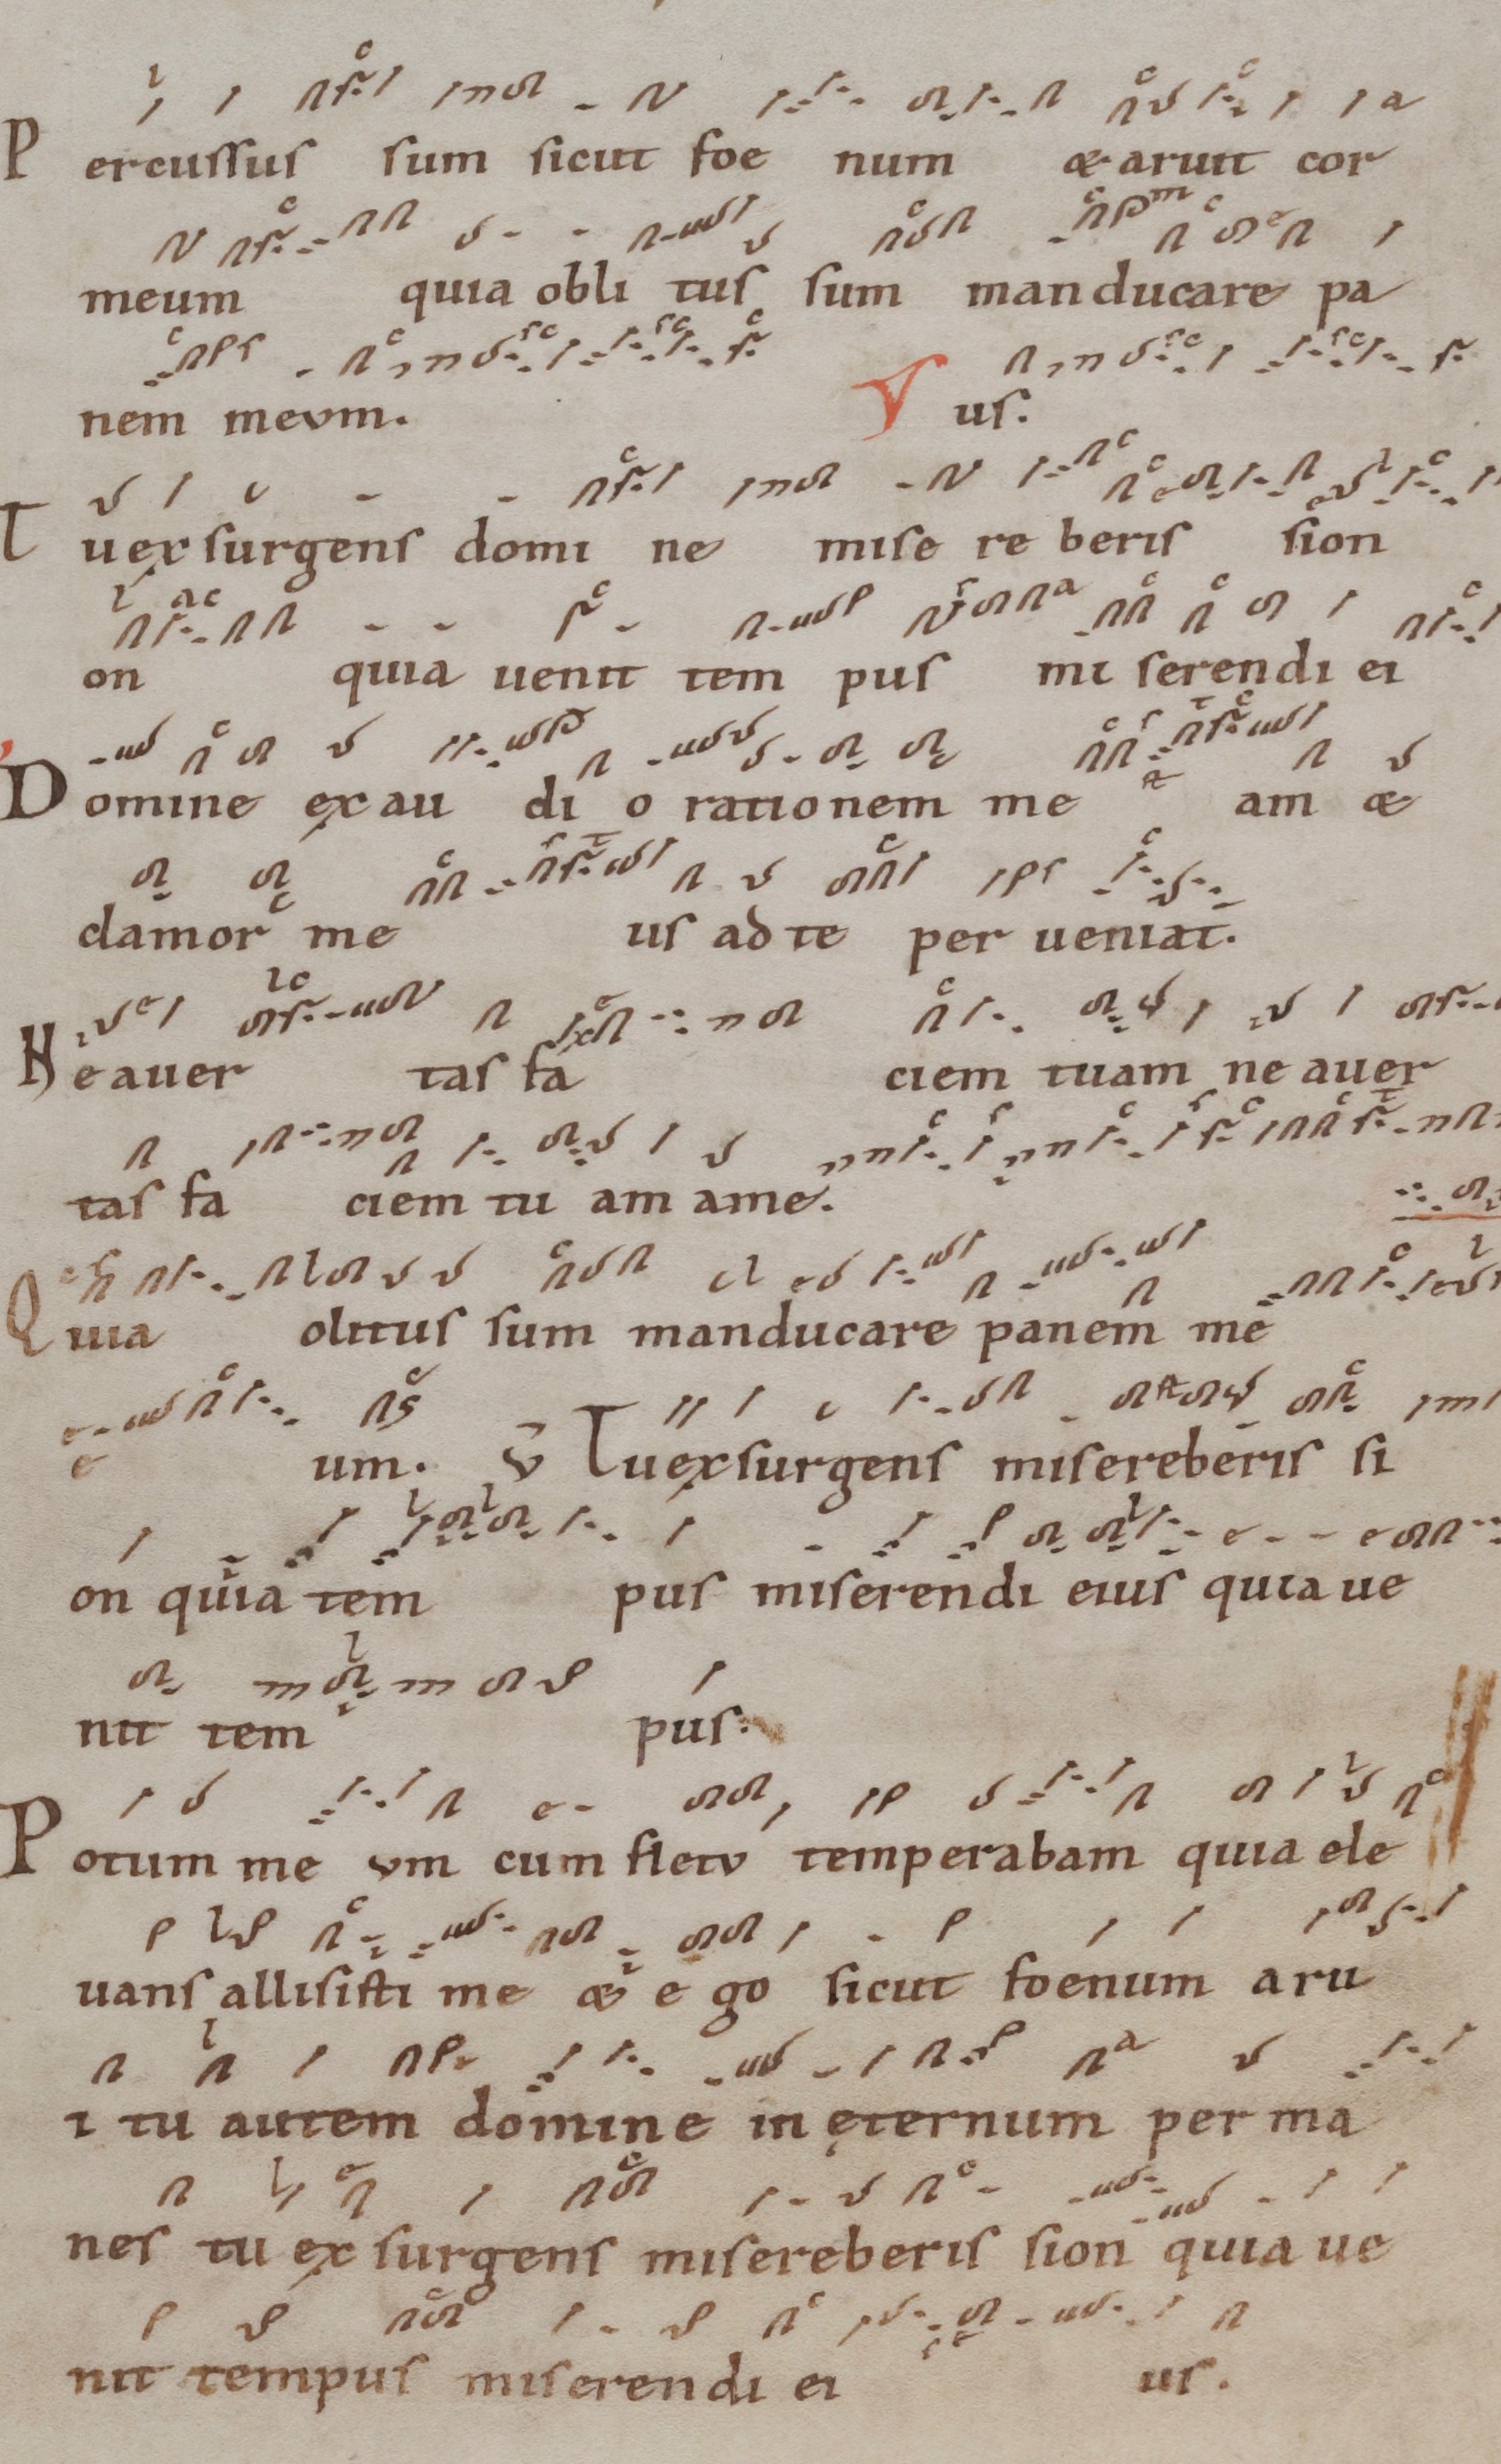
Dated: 1100–1199